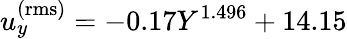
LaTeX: u_{y}^{\mathrm{(rms)}}=-0.17Y^{1.496}+14.15